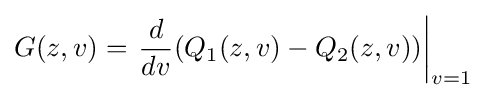
G(z,v)=\left.{\frac {d}{dv}}(Q_{1}(z,v)-Q_{2}(z,v))\right|_{v=1}